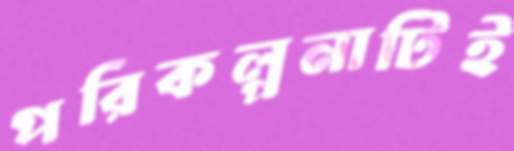
পরিকল্পনাটিই